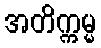
အတိက္ကမ္မ